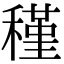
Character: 𥡣